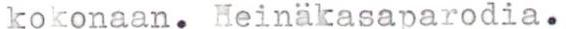
kokonaan. Heinäkasaparodia.